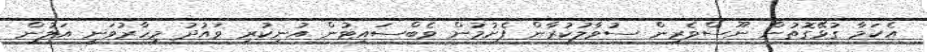
އެކަމާ ގުޅޭގޮތުން ނޫސްވެރިން ސުވާލުކުރާން ފެށުމުން ވެބްސައިޓުން އުނިކުރި ވައުދު މިހާރުވަނީ އަލުން